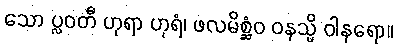
သော ပ္လဝတီ ဟုရာ ဟုရံ၊ ဖလမိစ္ဆံဝ ဝနသ္မိ ဝါနရော။